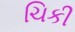
ચિકી